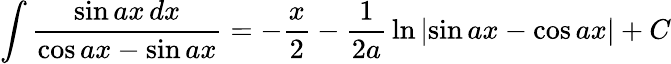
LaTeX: \int{\frac{\sin ax\, dx}{\cos ax-\sin ax}}=-{\frac{x}{2}}-{\frac{1}{2a}}\ln\left|\sin ax-\cos ax\right|+C